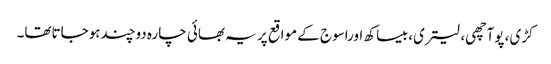
کڑی، پوآچھی، لیتری، بیساکھ اوراسوج کے مواقع پر یہ بھائی چارہ دوچندہوجاتاتھا۔